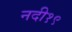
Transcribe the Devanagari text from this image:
नदी१९